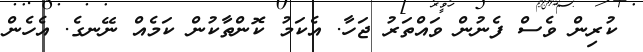
ކުރިން ވެސް ފެނުން ވައްތަރު ޖަހާ. އެކަމު ކޮންތާކުން ކަމެއް ނޭނގެ. އެހެން